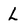
Character: L